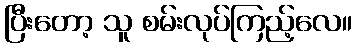
ပြီးတော့ သူ စမ်းလုပ်ကြည့်လေ။